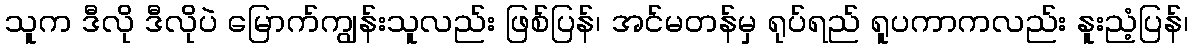
သူက ဒီလို ဒီလိုပဲ မြောက်ကျွန်းသူလည်း ဖြစ်ပြန်၊ အင်မတန်မှ ရုပ်ရည် ရူပကာကလည်း နူးညံ့ပြန်၊